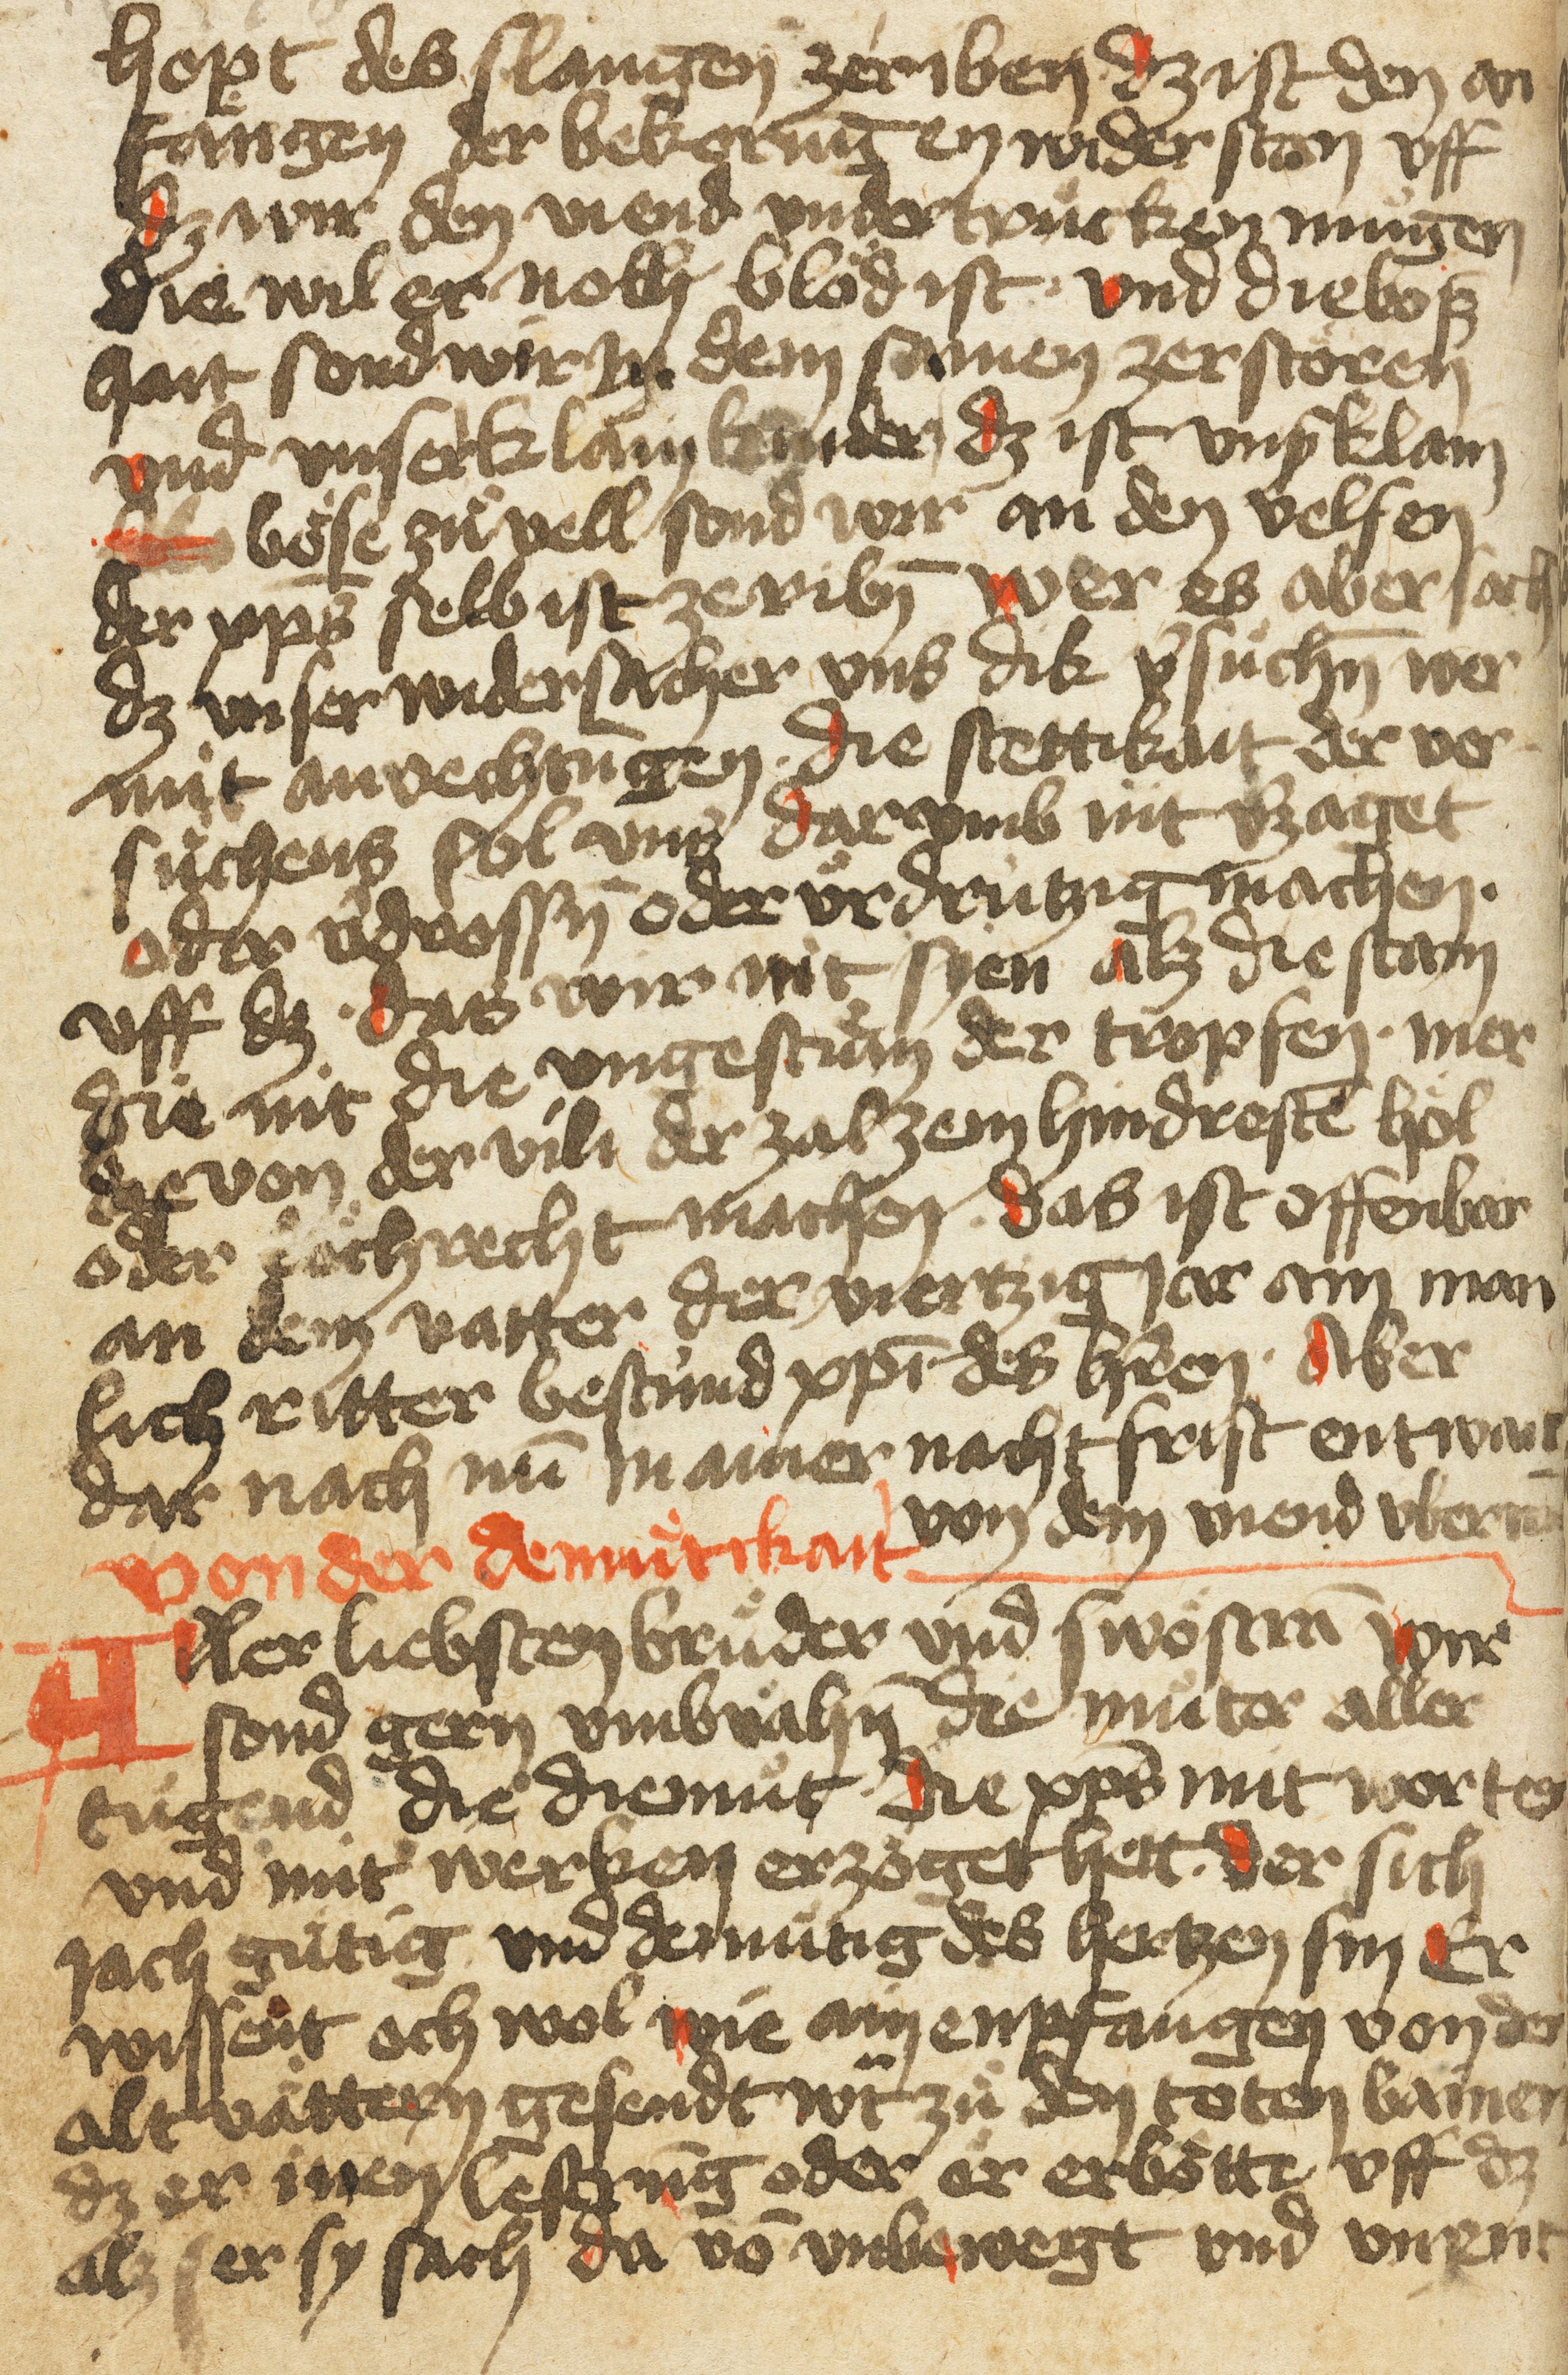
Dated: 1400–1499